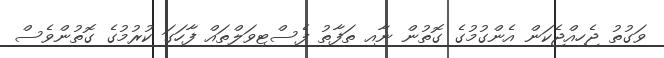
ވަގުތު ޖެހިއްޖެކަން އެންގުމުގެ ގޮތުން ނާއި ތަފާތު ފެސްޓިވަލްތައް ފާހަގަ ކުރުމުގެ ގޮތުންވެސް